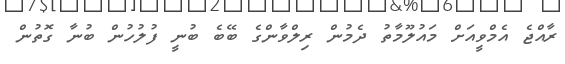
ރާއްޖެ އެމްވީއަށް މައުލޫމާތު ދެމުން ރިލްވާންގެ ބޭބެ ބުނީ ފުލުހުން ބުނާ ގޮތުން